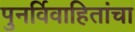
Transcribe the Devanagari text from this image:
पुनर्विवाहितांचा